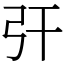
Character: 㢨